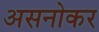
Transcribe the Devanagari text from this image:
असनोकर